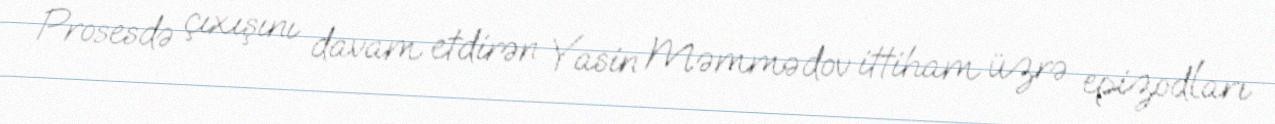
Prosesdə çıxışını davam etdirən Yasin Məmmədov ittiham üzrə epizodları